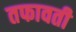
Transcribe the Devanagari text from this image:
तफावती